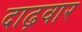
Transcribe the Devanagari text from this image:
दाढ़वार